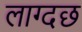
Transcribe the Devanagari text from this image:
लाग्दछ